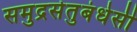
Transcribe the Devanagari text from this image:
समुद्रसेतुबंधेसी